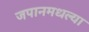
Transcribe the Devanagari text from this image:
जपानमधल्या